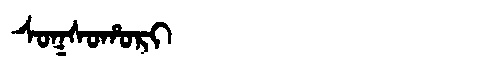
Manchu: ᠰᠣᡴᠰᠣᡥᠣᡵᡳ
Romanization: SOKSOHORI